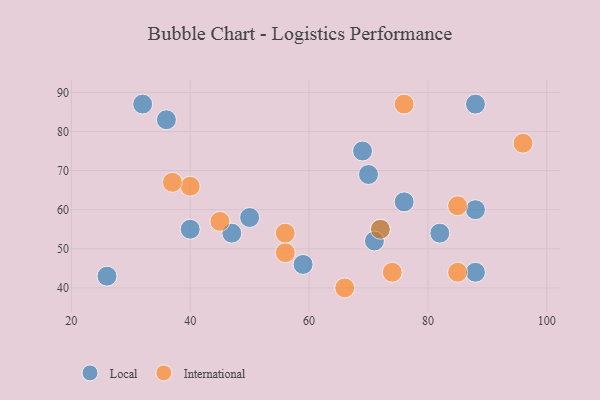
{"axis": {"x": "GDP", "y": "Life Expectancy"}, "legend": ["International", "Local"], "data": [{"x": "40", "y": 55, "type": "Local"}, {"x": "26", "y": 43, "type": "Local"}, {"x": "59", "y": 46, "type": "Local"}, {"x": "36", "y": 83, "type": "Local"}, {"x": "82", "y": 54, "type": "Local"}, {"x": "50", "y": 58, "type": "Local"}, {"x": "32", "y": 87, "type": "Local"}, {"x": "88", "y": 60, "type": "Local"}, {"x": "72", "y": 55, "type": "Local"}, {"x": "76", "y": 62, "type": "Local"}, {"x": "47", "y": 54, "type": "Local"}, {"x": "88", "y": 87, "type": "Local"}, {"x": "88", "y": 44, "type": "Local"}, {"x": "69", "y": 75, "type": "Local"}, {"x": "70", "y": 69, "type": "Local"}, {"x": "71", "y": 52, "type": "Local"}, {"x": "72", "y": 55, "type": "International"}, {"x": "85", "y": 61, "type": "International"}, {"x": "74", "y": 44, "type": "International"}, {"x": "96", "y": 77, "type": "International"}, {"x": "45", "y": 57, "type": "International"}, {"x": "56", "y": 49, "type": "International"}, {"x": "76", "y": 87, "type": "International"}, {"x": "85", "y": 44, "type": "International"}, {"x": "40", "y": 66, "type": "International"}, {"x": "37", "y": 67, "type": "International"}, {"x": "66", "y": 40, "type": "International"}, {"x": "56", "y": 54, "type": "International"}]}